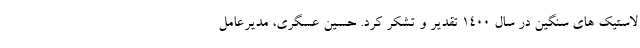
لاستیک های سنگین در سال 1400 تقدیر و تشکر کرد. حسین عسگری، مدیرعامل